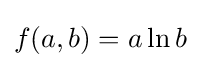
f(a,b)=a\ln b